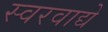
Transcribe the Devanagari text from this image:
स्वरवाद्ये